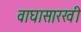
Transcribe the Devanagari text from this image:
वाघासारखी